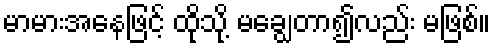
မာမားအနေဖြင့် ထိုသို့ မချွေတာ၍လည်း မဖြစ်။